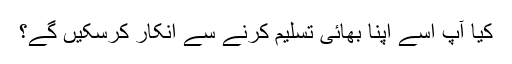
کیا آپ اسے اپنا بھائی تسلیم کرنے سے انکار کرسکیں گے؟